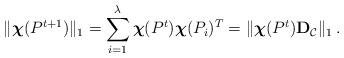
LaTeX: \begin{align*} \Vert \mathbf{\boldsymbol{\chi}}(P^{t+1})\Vert_1 = \sum_{i=1}^\lambda \mathbf{\boldsymbol{\chi}}(P^t) \boldsymbol{\chi}(P_{i})^T = \Vert \mathbf{\boldsymbol{\chi}}(P^t)\mathbf{D}_{\mathcal{C}}\Vert_1\,.\end{align*}